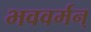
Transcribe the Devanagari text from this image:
भववर्मन्‌